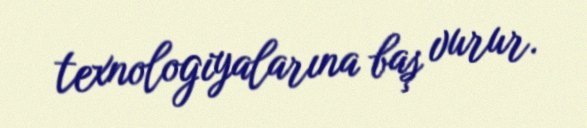
texnologiyalarına baş vurur.